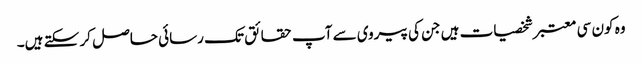
وہ کون سی معتبر شخصیات ہیں جن کی پیروی سے آپ حقائق تک رسائی حاصل کر سکتے ہیں۔